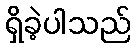
ရှိခဲ့ပါသည်